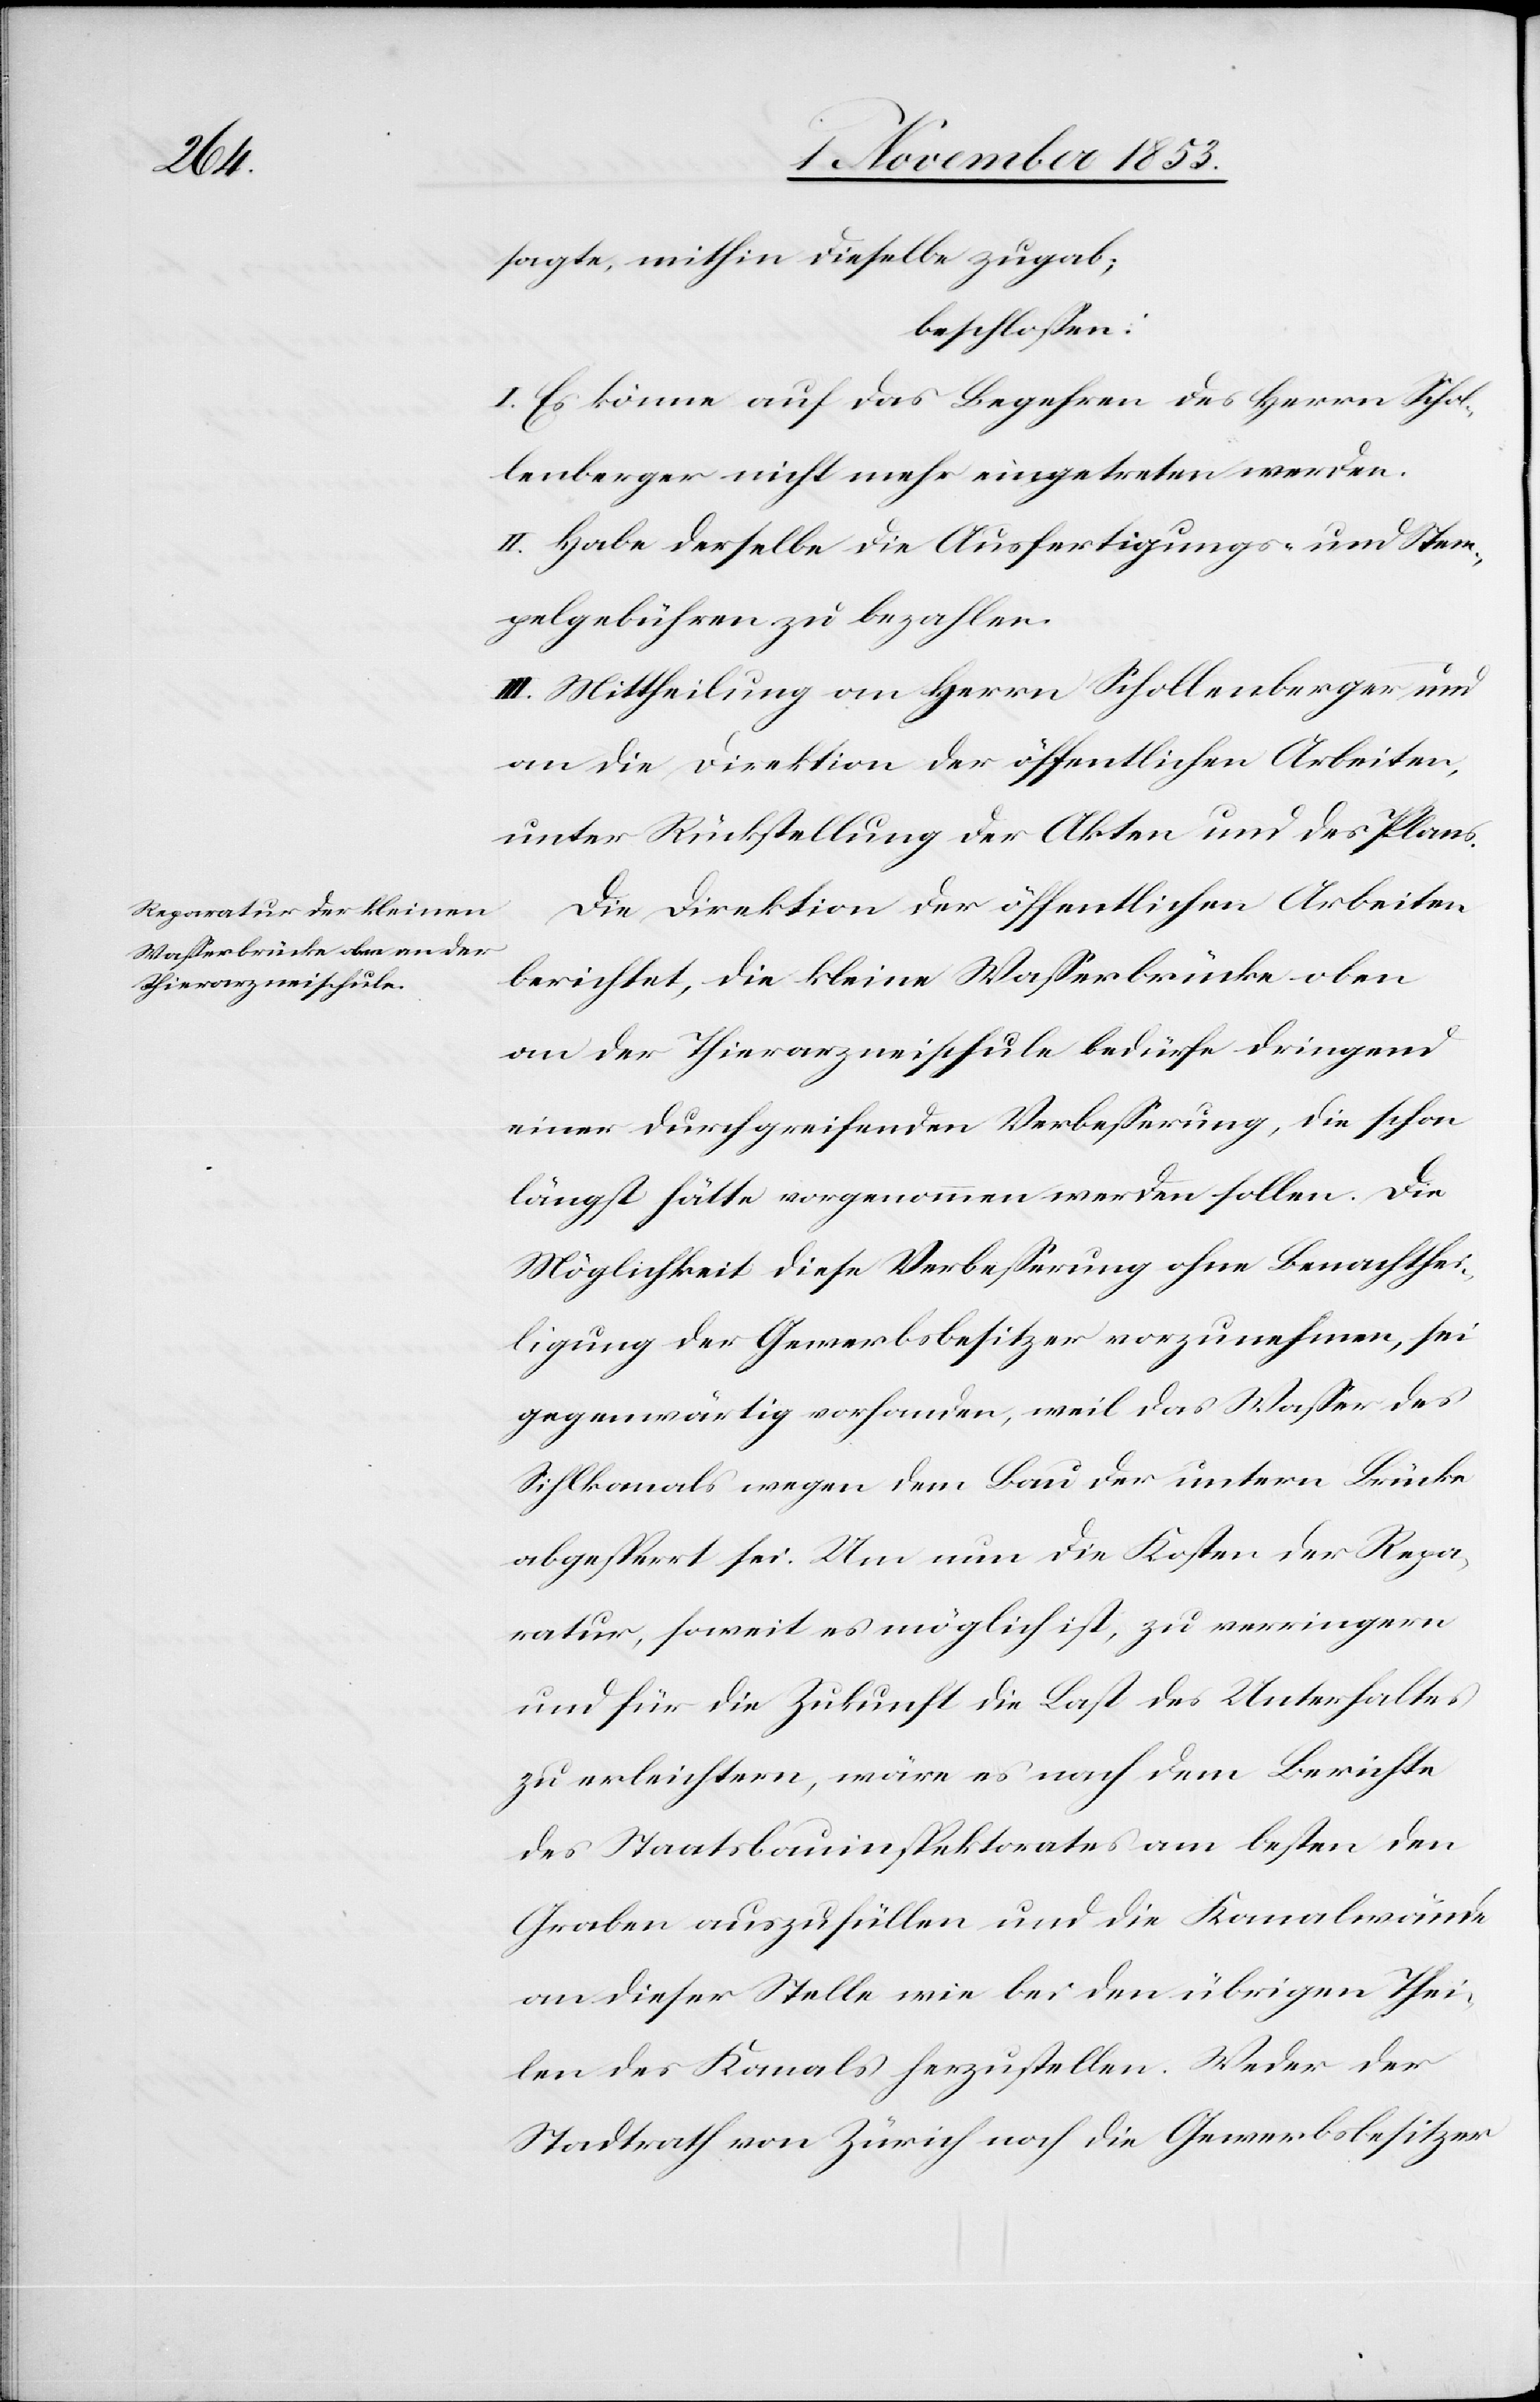
sagte, mithin dieselbe zugab;
beschloßen:
I. Es könne auf das Begehren des Herrn Schol¬
lenberger nicht mehr eingetreten werden.
II. Habe derselbe die Ausfertigungs- u. Stem¬
pelgebühren zu bezahlen.
III. Mittheilung an Herrn Schollenberger und
an die Direktion der öffentlichen Arbeiten,
unter Rückstellung der Akten und des Plans.
Die Direktion der öffentlichen Arbeiten
berichtet, die kleine Waßerbrücke oben
an der Thierarzneischule bedürfe dringend
einer durchgreifenden Verbeßerung, die schon
längst hätte vorgenommen werden sollen. Die
Möglichkeit diese Verbeßerung ohne Benachthei¬
ligung der Gewerbsbesitzer vorzunehmen, sei
gegenwärtig vorhanden, weil das Waßer des
Sihlkanals wegen dem Bau der untern Brücke
abgesperrt sei. Um nun die Kosten der Repa¬
ratur, soweit es möglich ist, zu verringern
und für die Zukunft die Last des Unterhaltes
zu erleichtern, wäre es nach dem Berichte
des Staatsbauinspektorates am besten den
Graben auszufüllen und die Kanalwände
an dieser Stelle wie bei den übrigen Thei¬
len des Kanals herzustellen. Weder der
Stadtrath von Zürich noch die Gewerbsbesitzer